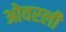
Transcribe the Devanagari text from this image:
ओवरली